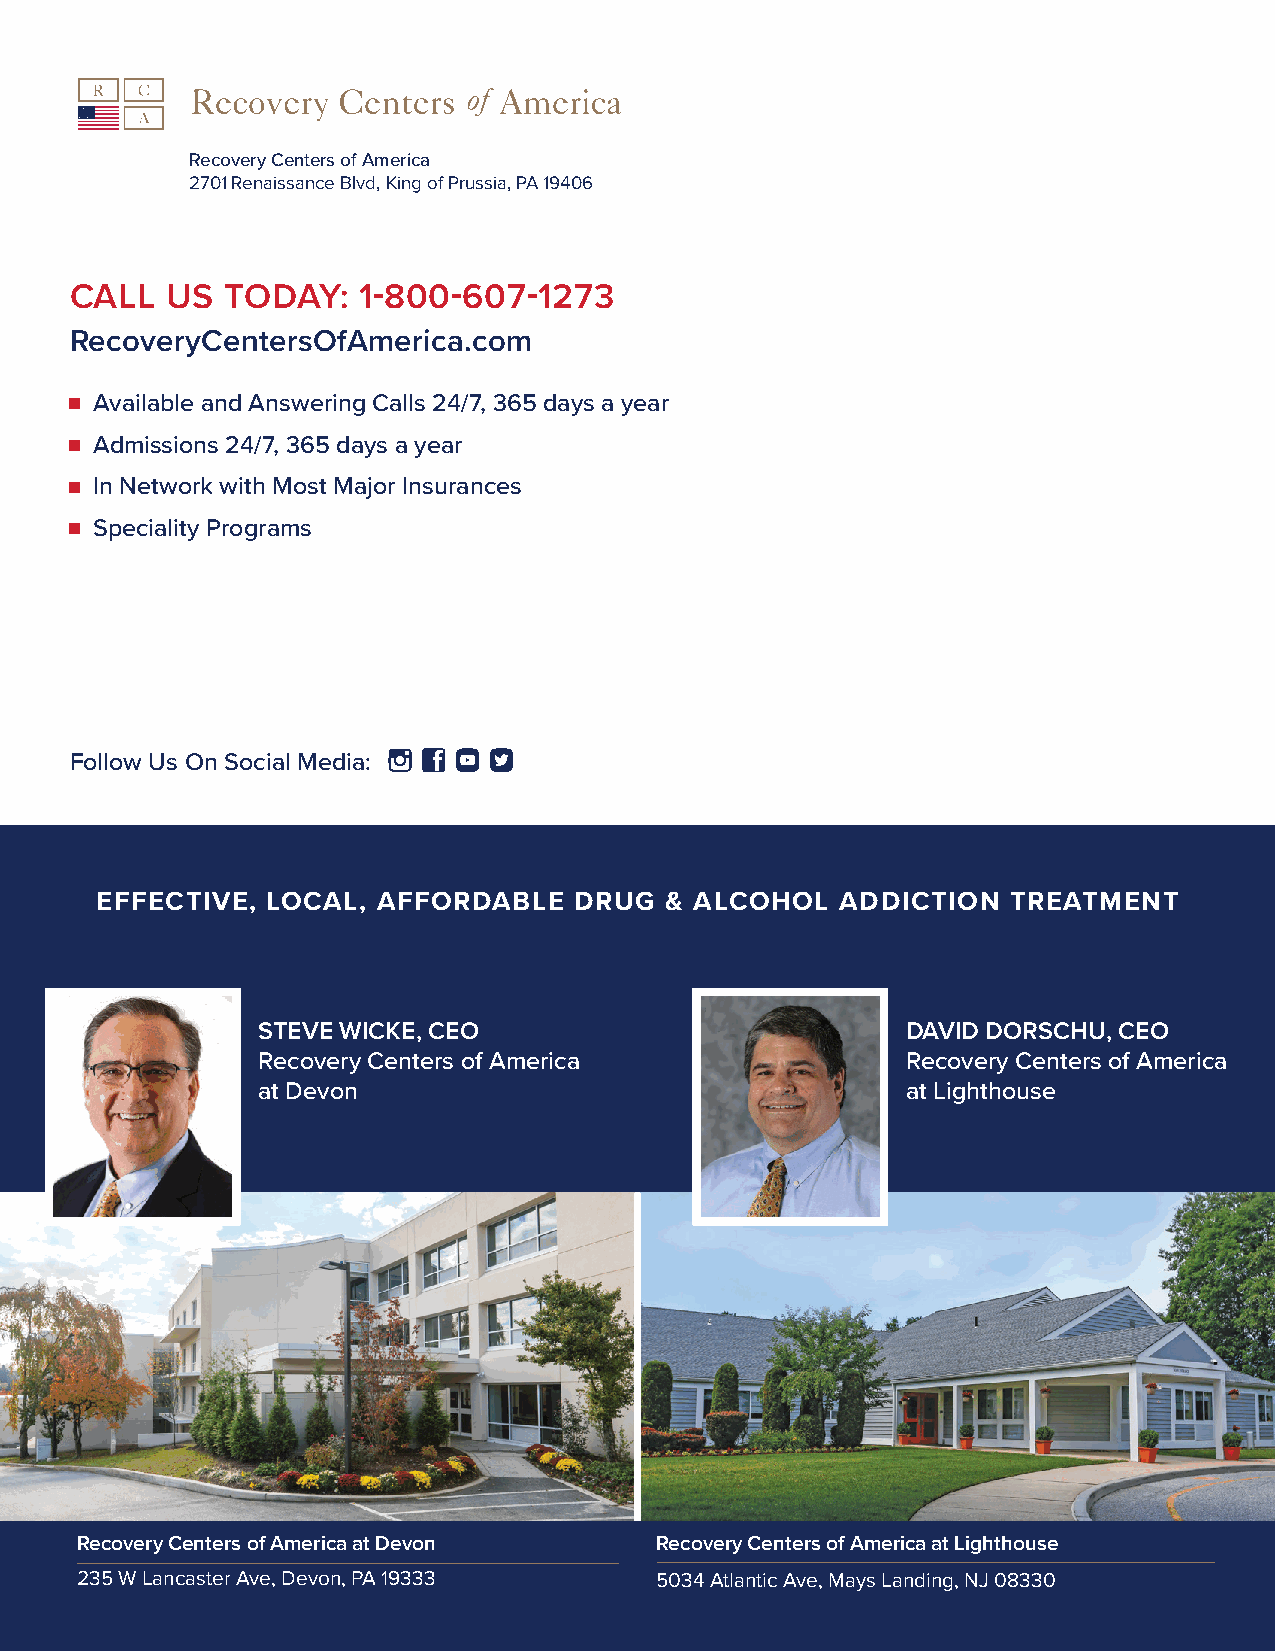
Recovery Centers of America
 2701 Renaissance Blvd, King of Prussia, PA 19406
 CALL  US  TODAY:   1-800-607-1273
 RecoveryCentersOfAmerica.com
 Available and Answering Calls 24/7, 365 days a year
 Admissions 24/7, 365 days a year
 In Network with Most Major Insurances
 Speciality Programs
 Follow Us On Social Media:
 EFFECTIVE,  LOCAL, AFFORDABLE   DRUG  & ALCOHOL   ADDICTION  TREATMENT
 STEVE WICKE, CEO                           DAVID DORSCHU, CEO
 Recovery Centers of America                Recovery Centers of America
 at Devon                                   at Lighthouse
 Recovery Centers of America at Devon  Recovery Centers of America at Lighthouse
 235 W Lancaster Ave, Devon, PA 19333  5034 Atlantic Ave, Mays Landing, NJ 08330